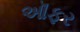
ઑફર